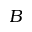
B